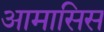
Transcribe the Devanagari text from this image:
आमासिस